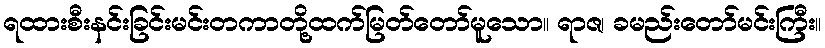
ရထားစီးနင်းခြင်းမင်းတကာတို့ထက်မြတ်တော်မူသော။ ရာဇ၊ ခမည်းတော်မင်းကြီး။